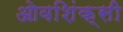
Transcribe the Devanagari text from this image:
ओवशिंक्सी